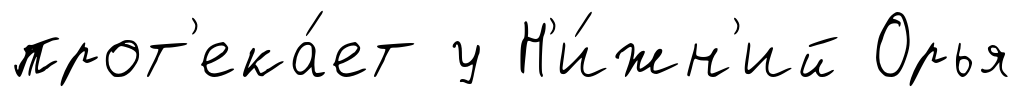
прот'ека́ет у Н'и́жн'ий Орья